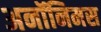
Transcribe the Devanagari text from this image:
अनॉनिमस